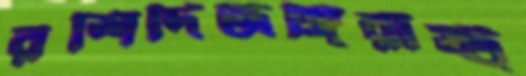
রশিদিজঙ্গিরাষ্ট্